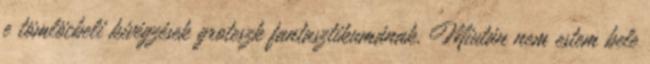
e tömlöcbeli kivégzések groteszk fantasztikumának. Miután nem estem bele